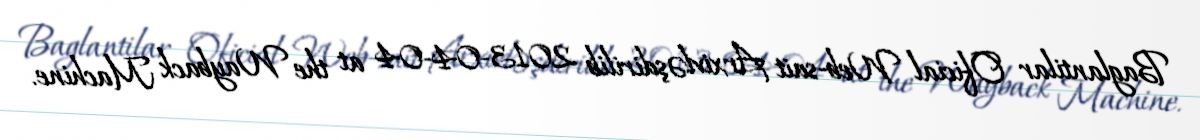
Baglantilar Oficial Web-sait Arxivləşdirilib 2013-04-04 at the Wayback Machine.